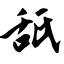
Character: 舐